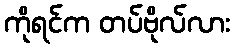
ကိုရင်က တပ်ဗိုလ်လား